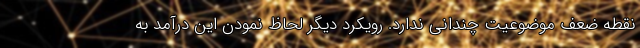
نقطه ضعف موضوعیت چندانی ندارد. رویکرد دیگر لحاظ نمودن این درآمد به